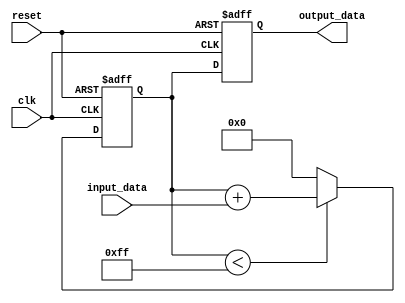
module generate_task (
    input wire clk,
    input wire reset,
    input wire [7:0] input_data,
    output reg [7:0] output_data
);

// Internal registers or variables
reg [7:0] internal_register;

always @(posedge clk or posedge reset) begin
    if (reset) begin
        // Reset logic
        internal_register <= 8'b0;
        output_data <= 8'b0;
    end else begin
        // Task functionality
        if (internal_register < 8'd255) begin
            internal_register <= internal_register + input_data;
        end else begin
            internal_register <= 8'd0;
        end
        
        // Output assignment
        output_data <= internal_register;
    end
end

endmodule